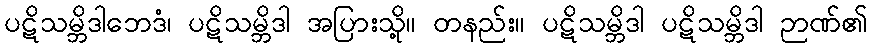
ပဋိသမ္ဘိဒါဘေဒံ၊ ပဋိသမ္ဘိဒါ အပြားသို့။ တနည်း။ ပဋိသမ္ဘိဒါ ပဋိသမ္ဘိဒါ ဉာဏ်၏